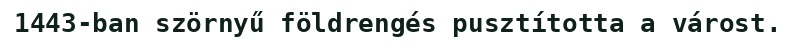
1443-ban szörnyű földrengés pusztította a várost.